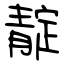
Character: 靛